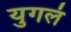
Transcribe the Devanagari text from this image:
युगलं